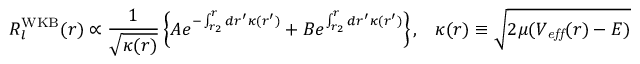
R _ { l } ^ { \mathrm { W K B } } ( r ) \propto \frac { 1 } { \sqrt { \kappa ( r ) } } \left\{ A e ^ { - \int _ { r _ { 2 } } ^ { r } d r ^ { \prime } \kappa ( r ^ { \prime } ) } + B e ^ { \int _ { r _ { 2 } } ^ { r } d r ^ { \prime } \kappa ( r ^ { \prime } ) } \right\} , \; \; \; \kappa ( r ) \equiv \sqrt { 2 \mu ( V _ { \it e f f } ( r ) - E ) }